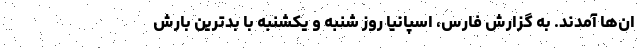
ان‌‌ها آمدند. به گزارش فارس، اسپانیا روز شنبه و یکشنبه با بدترین بارش